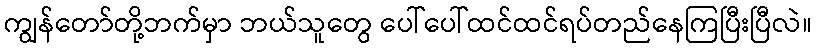
ကျွန်တော်တို့ဘက်မှာ ဘယ်သူတွေ ပေါ်ပေါ်ထင်ထင်ရပ်တည်နေကြပြီးပြီလဲ။